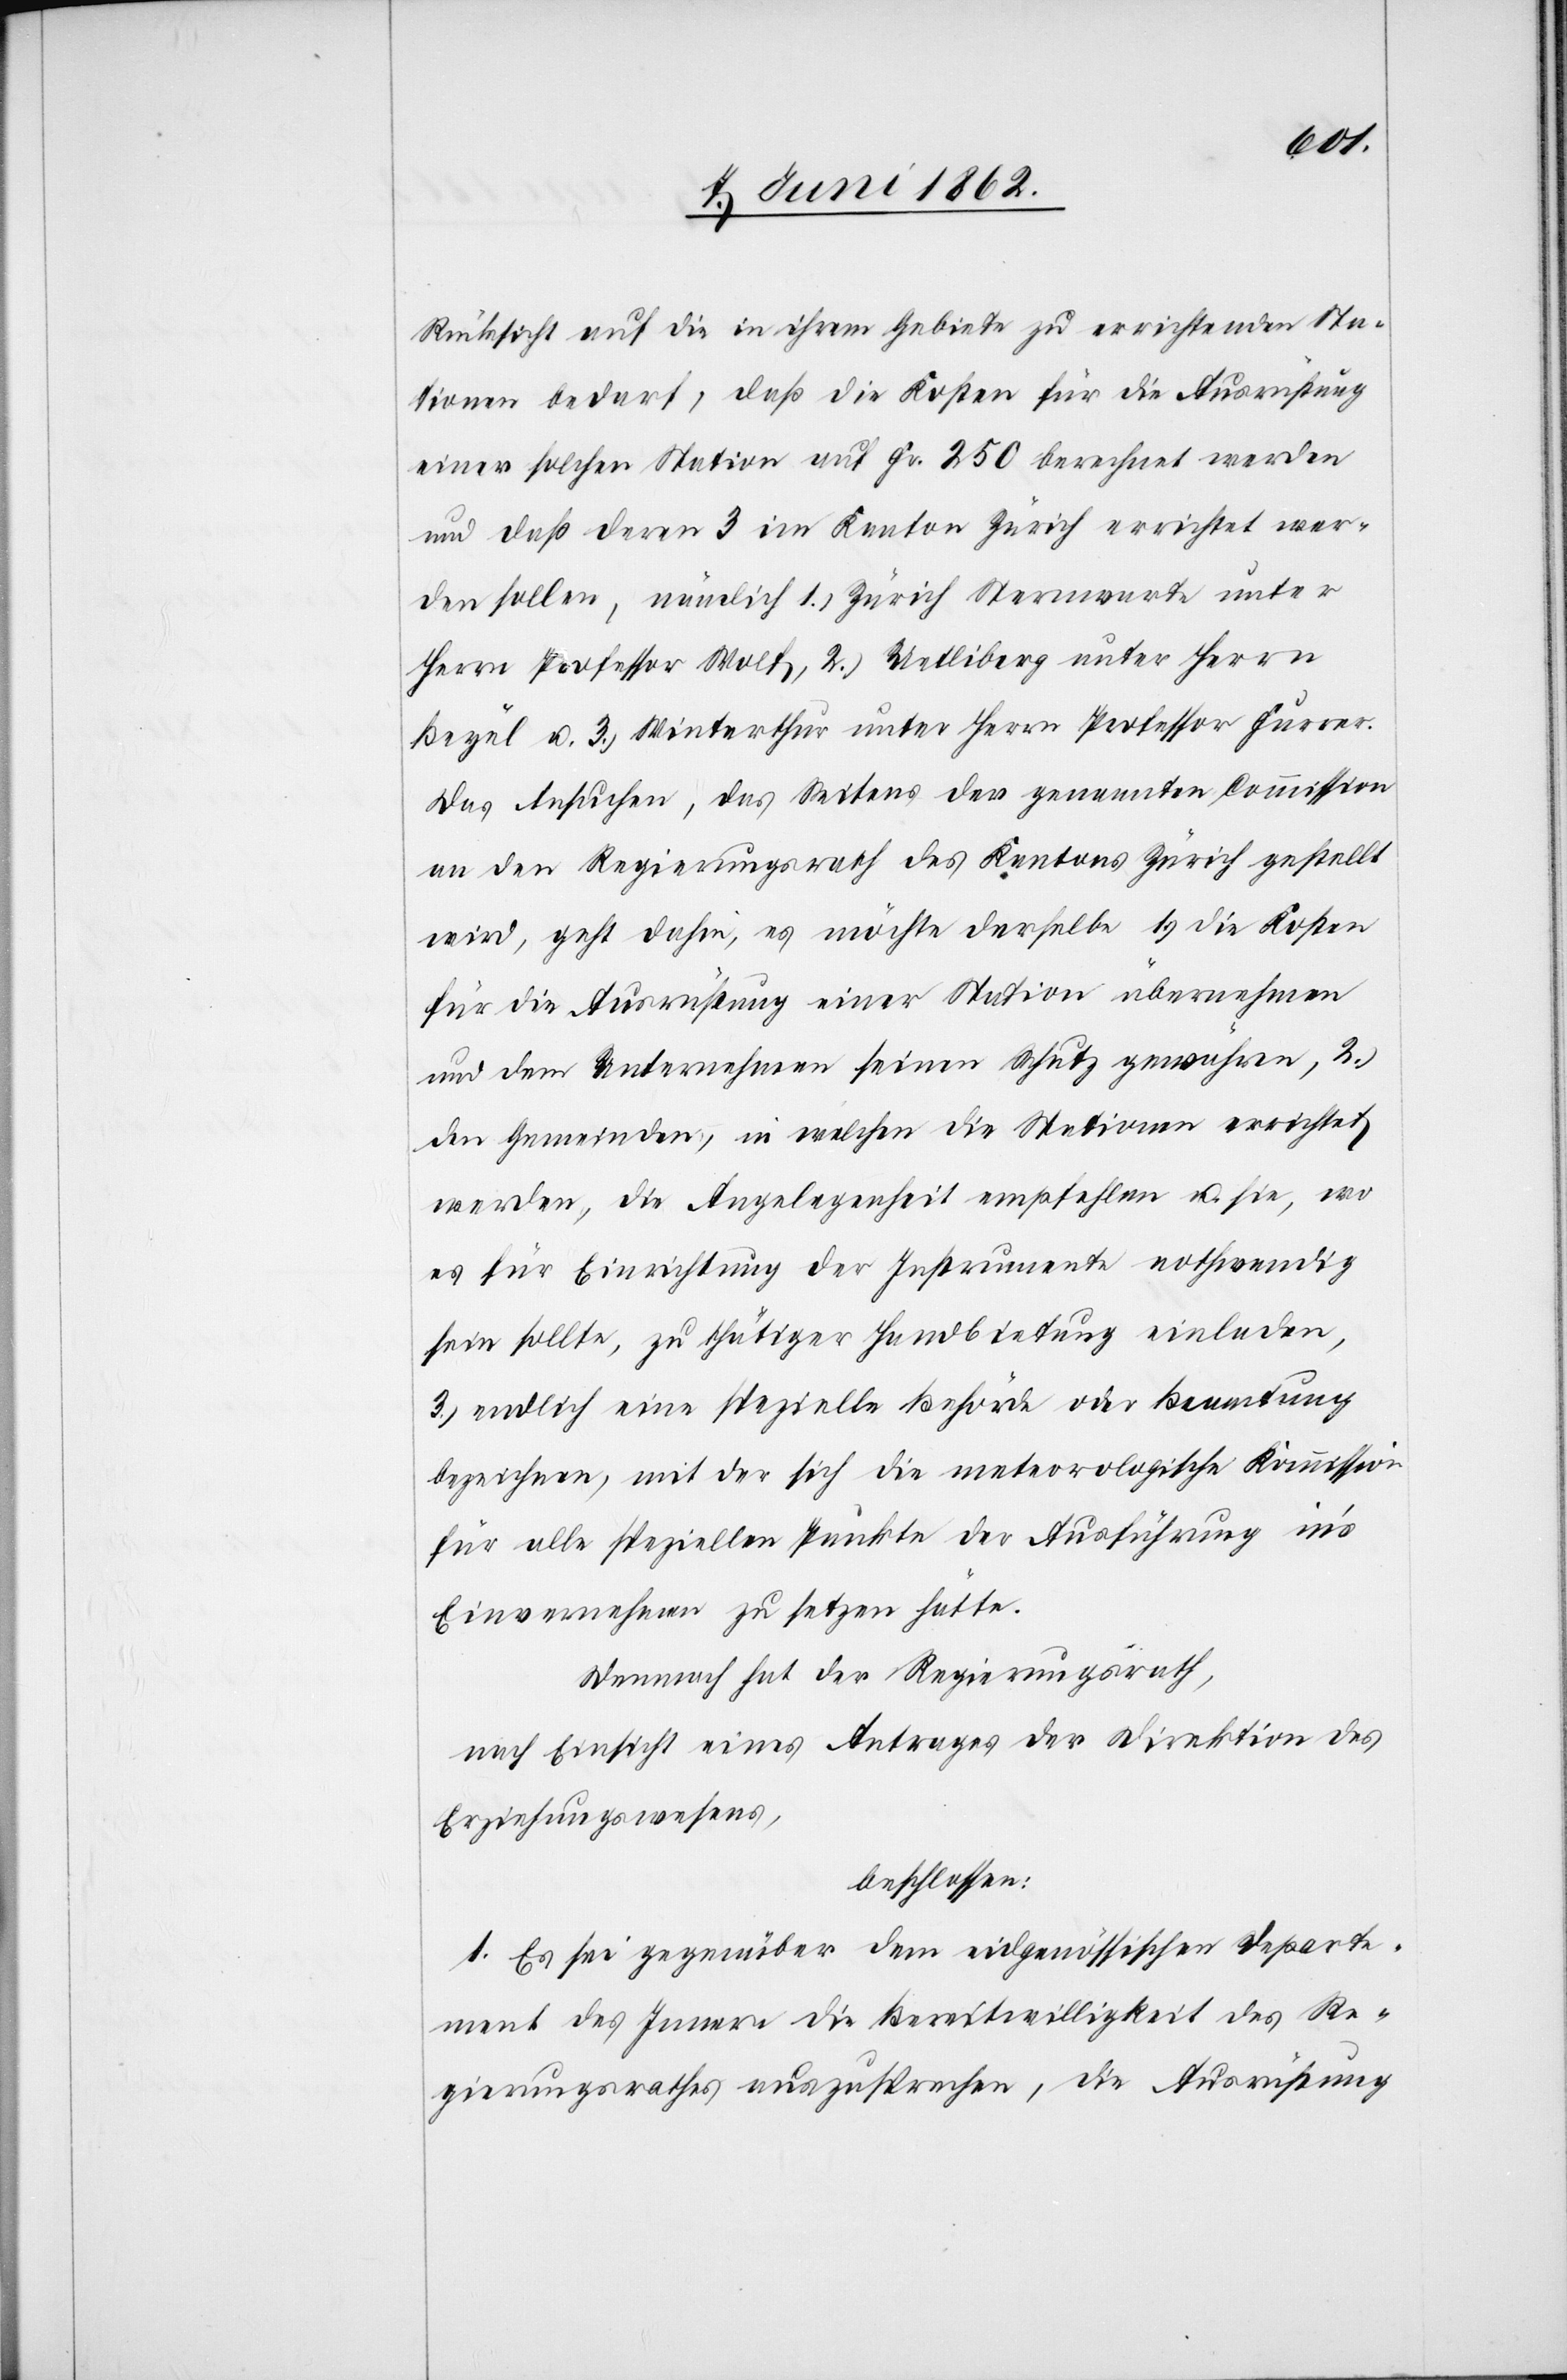
Rücksicht auf die in ihrem Gebiete zu errichtenden Sta¬
tionen bedarf, daß die Kosten für die Ausrüstung
einer solchen Station auf Fr. 250 berechnet werden
und daß deren 3 im Kanton Zürich errichtet wer¬
den sollen, nämlich 1) Zürich Sternwarte unter
Herrn Professor Wolf, 2) Uetliberg unter Herrn
Beyel u. 3) Winterthur unter Herrn Professor Furrer.
Das Ansuchen, das Seitens der genannten Commission
an den Regierungsrath des Kantons Zürich gestellt
wird, geht dahin, es möchte derselbe 1) die Kosten
für die Ausrüstung einer Station übernehmen
und dem Unternehmen seinen Schutz gewähren, 2)
den Gemeinden, in welchen die Stationen errichtet
werden, die Angelegenheit empfehlen u. sie, wo
es für Einrichtung der Instrumente nothwendig
sein sollte, zu thätiger Handbietung einladen,
3) endlich eine spezielle Behörde oder Beamtung
bezeichnen, mit der sich die meteorologische Kommission
für alle speziellen Punkte der Ausführung in’s
Einvernehmen zu setzen hätte.
Demnach hat der Regierungsrath,
nach Einsicht eines Antrages der Direktion des
Erziehungswesens,
beschlossen:
1. Es sei gegenüber dem eidgenössischen Departe¬
ment des Innern die Bereitwilligkeit des Re¬
gierungsrathes auszusprechen, die Ausrüstung